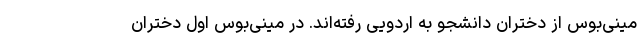
مینی‌بوس از دختران دانشجو به اردویی رفته‌اند. در مینی‌بوس اول دختران